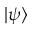
| \psi \rangle